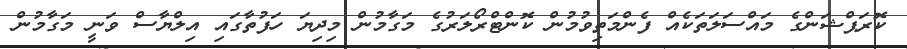
ކޮރަޕްޝަންގެ މައްސަލަތަކެއް ފެންމަތިވުމުން ކޮންޓްރޯލަރުގެ މަގާމުން މިދިޔަ ހަފުތާގައި އިލްޔާސް ވަނީ މަގާމުން